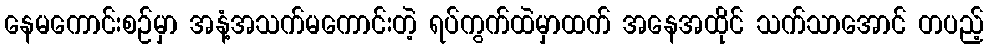
နေမကောင်းစဉ်မှာ အနံ့အသက်မကောင်းတဲ့ ရပ်ကွက်ထဲမှာထက် အနေအထိုင် သက်သာအောင် တပည့်